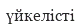
үйкелісті